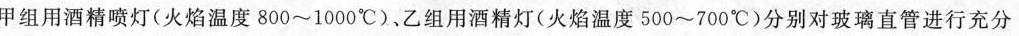
甲组用酒精喷灯(火焰温度800~1000℃)、乙组用酒精灯(火焰温度500~700℃)分别对玻璃直管进行充分